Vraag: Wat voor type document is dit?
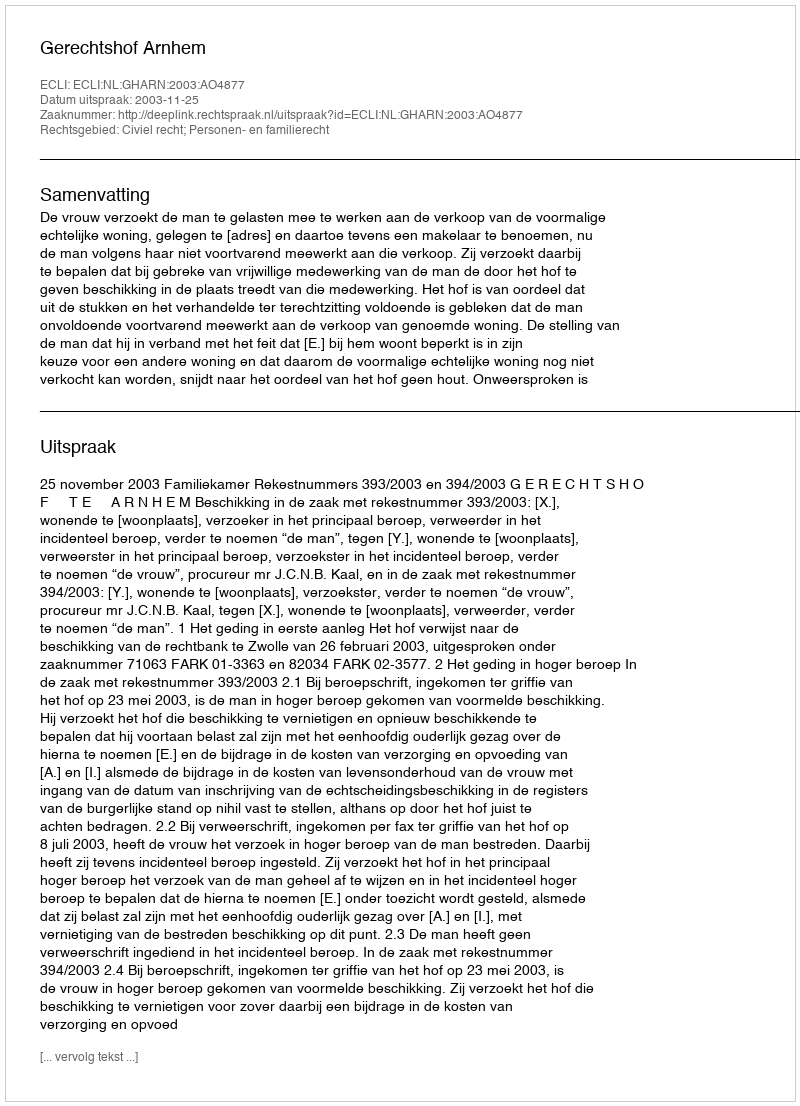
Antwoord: Uitspraak